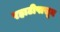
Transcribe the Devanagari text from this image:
रहाटीपासून